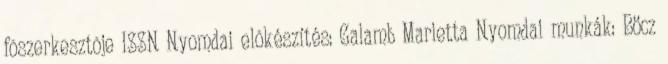
fõszerkesztõje ISSN Nyomdai elõkészítés: Galamb Marietta Nyomdai munkák: Böcz